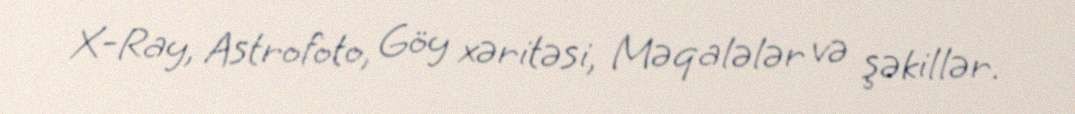
X-Ray, Astrofoto, Göy xəritəsi, Məqalələr və şəkillər.